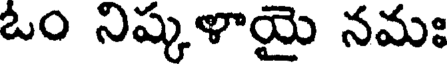
ఓం నిష్కళాయై నమః